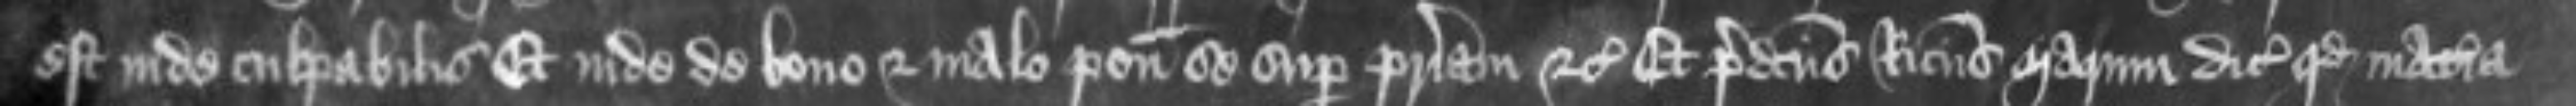
est inde culpabilis Et inde de bono et malo ponitur se super patriam etc Et predictus Ricardus Marum dicit quod materia